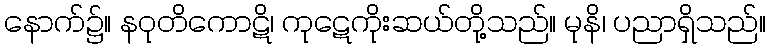
နောက်၌။ နဝုတိကောဋိ၊ ကုဋေကိုးဆယ်တို့သည်။ မုနိ၊ ပညာရှိသည်။